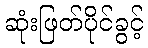
ဆုံးဖြတ်ပိုင်ခွင့်